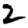
Digit: 2